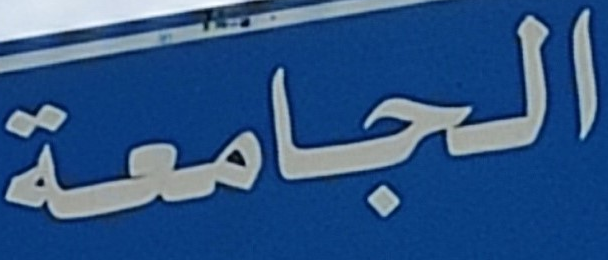
الجامعة